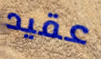
عقيد